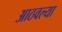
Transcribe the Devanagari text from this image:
आठवल्या